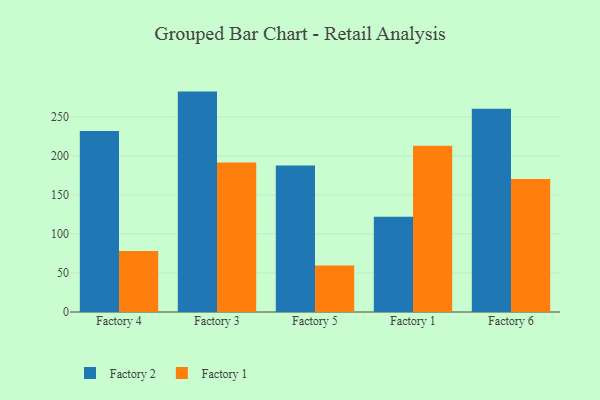
{"axis": {"x": "Factory", "y": "Churn Rate (%)"}, "legend": ["Factory 1", "Factory 2"], "data": [{"x": "Factory 4", "y": 231.7, "type": "Factory 2"}, {"x": "Factory 4", "y": 78.1, "type": "Factory 1"}, {"x": "Factory 3", "y": 282.3, "type": "Factory 2"}, {"x": "Factory 3", "y": 191.5, "type": "Factory 1"}, {"x": "Factory 5", "y": 187.8, "type": "Factory 2"}, {"x": "Factory 5", "y": 59.6, "type": "Factory 1"}, {"x": "Factory 1", "y": 122.1, "type": "Factory 2"}, {"x": "Factory 1", "y": 212.8, "type": "Factory 1"}, {"x": "Factory 6", "y": 260.3, "type": "Factory 2"}, {"x": "Factory 6", "y": 170.3, "type": "Factory 1"}]}